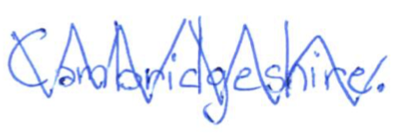
Text: Cambridgeshire.
Cross-out: zig-zag
Writing tool: ballpoint